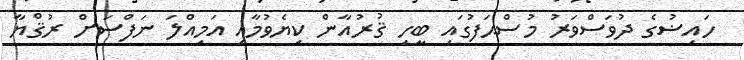
ހައިޟުގެ ދުވަސްވަރު މުސްޙަފުގައި ބީހި ޤުރުއާން ކިޔެވުމާއި އަމިއްލަ ނަފްސަށް ރުޤްޔާ